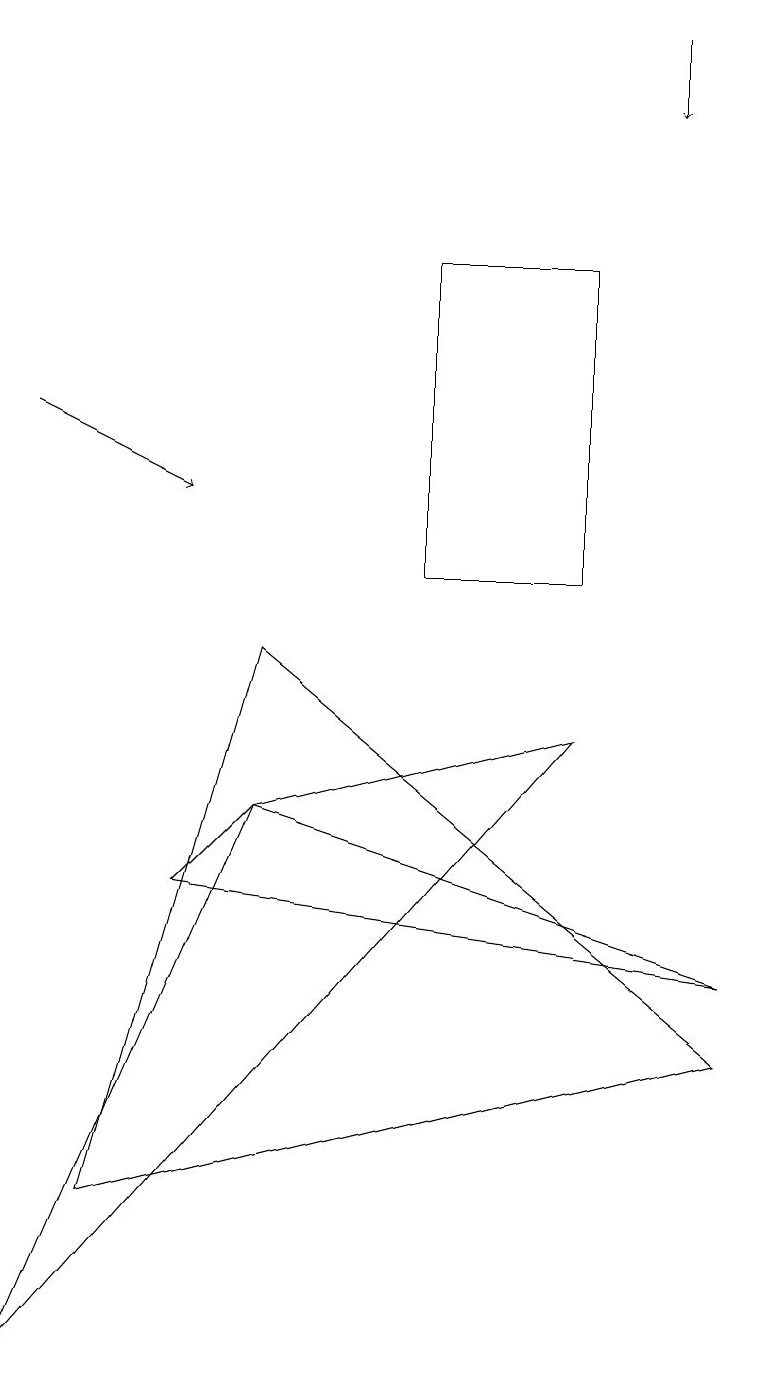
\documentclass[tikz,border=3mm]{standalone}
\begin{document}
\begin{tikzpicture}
\draw[->] (8,17) -- (8,16);
\draw (7,8) -- (3,7) -- (0,0) -- cycle;
\draw (1,2) -- (3,9) -- (9,4) -- cycle;
\draw[->] (0,12) -- (2,11);
\draw (7,10) rectangle (5,14);
\draw (2,6) -- (9,5) -- (3,7) -- cycle;
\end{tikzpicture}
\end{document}